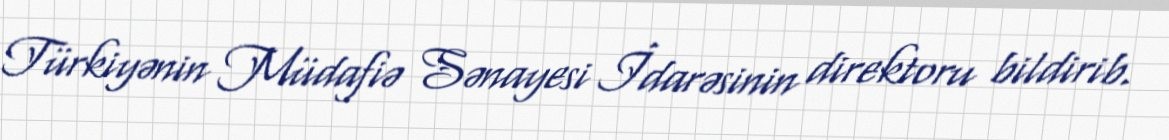
Türkiyənin Müdafiə Sənayesi İdarəsinin direktoru bildirib.